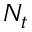
N _ { t }